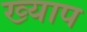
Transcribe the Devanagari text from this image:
ख्याप